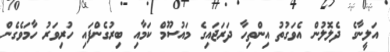
އަލީނާގެ ދެލޮލުން އެވަގުތު އިންތިހާ ދަރަޖައިގެ މައުސޫމް ކަމާއި ބިރުގެންފައި ހުރިވަރު ހާމަވެގެން